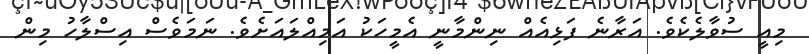
މިއީ ސުވާލެކެވެ. އަރާނެ ފަޅިއެއް ނިންމާނީ އެމީހަކު އަމިއްލައަށެވެ. ނަމަވެސް އިސްލާހު މިން